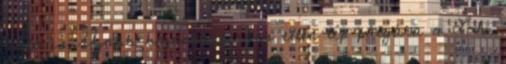
autó is Újabb bajnokaspiráns ellen lép pályára a Loki